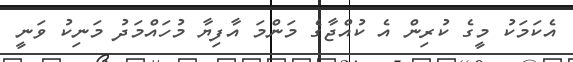
އެކަމަކު މީގެ ކުރިން އެ ކުއްޖާގެ މަންމަ އާފިޔާ މުހައްމަދު މަނިކު ވަނީ